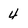
Character: 4